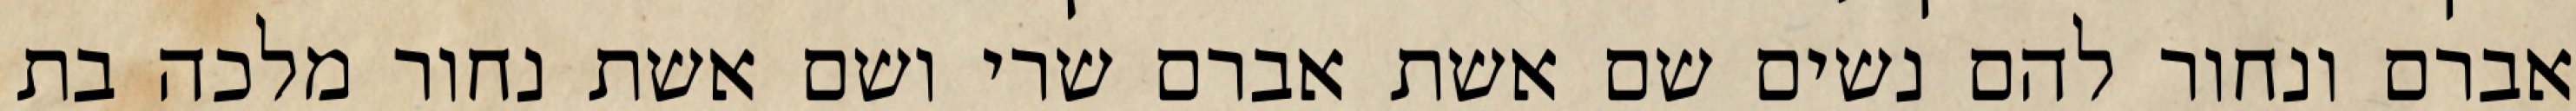
אברם ונחור להם נשים שם אשת אברם שרי ושם אשת נחור מלכה בת